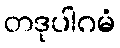
တဒုပါဂမံ